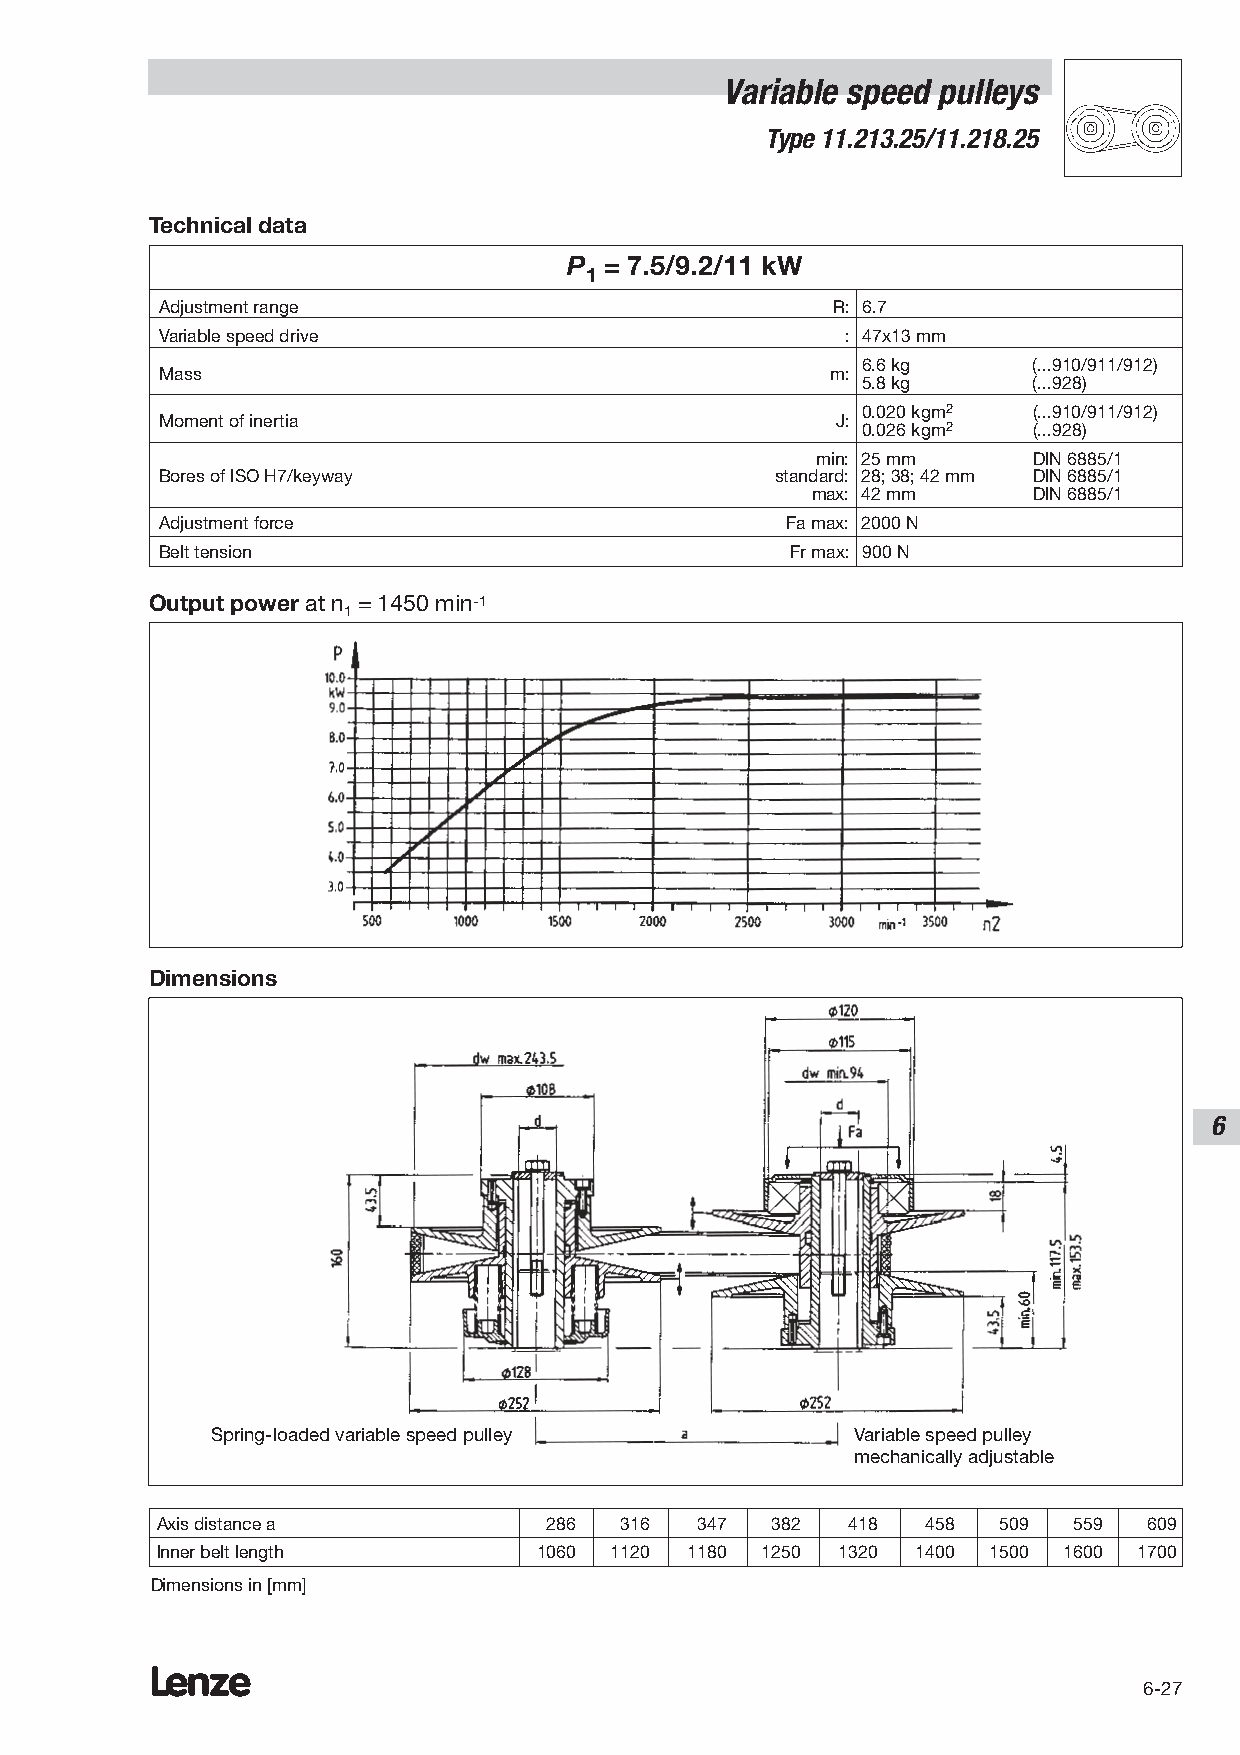
Variable speed pulleys
 Type 11.213.25/11.218.25
 Technical data
 P = 7.5/9.2/11 kW
 1
 Adjustment range                            R: 6.7
 Variable speed drive                         : 47x13 mm
 6.6 kg     (...910/911/912)
 Mass                                        m:
 5.8 kg     (...928)
 0.020 kgm2 (...910/911/912)
 Moment of inertia                           J:
 0.026 kgm2 (...928)
 min: 25 mm    DIN 6885/1
 Bores of ISO H7/keyway                  standard: 28; 38; 42 mm DIN 6885/1
 max: 42 mm    DIN 6885/1
 Adjustment force                         Fa max: 2000 N
 Belt tension                             Fr max: 900 N
 Output power at n = 1450 min-1
 1
 Dimensions
 6
 Spring-loaded variable speed pulley        Variable speed pulley
 mechanically adjustable
 Axis distance a           286  316  347  382  418  458  509  559  609
 Inner belt length         1060 1120 1180 1250 1320 1400 1500 1600 1700
 Dimensions in [mm]
 Lenze
 6-27